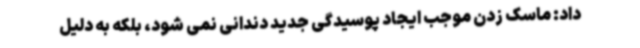
داد: ماسک زدن موجب ایجاد پوسیدگی جدید دندانی نمی شود، بلکه به دلیل